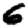
Digit: 6